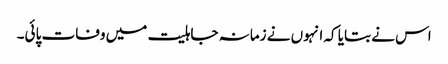
اس نے بتایا کہ انہوں نے زمانہ جاہلیت میں وفات پائی۔